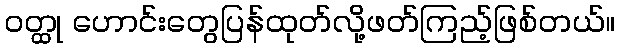
ဝတ္ထု ဟောင်းတွေပြန်ထုတ်လို့ဖတ်ကြည့်ဖြစ်တယ်။